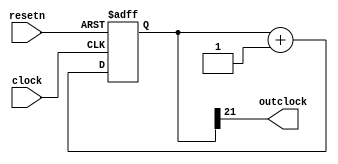
module re_hz( 
input clock,
input resetn,
output outclock
);
reg [31:0] cnt;
always @( posedge clock or posedge resetn)  begin
  if( resetn == 1 )
    cnt = 0;
  else 
    cnt = cnt + 1;
end
  assign outclock = cnt[21];
endmodule